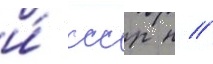
и́ ссср н //